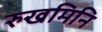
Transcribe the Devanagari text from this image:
रुखमिनि